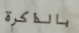
بالذاكرة